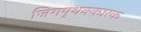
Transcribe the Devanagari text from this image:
जिगपृथक्कारक